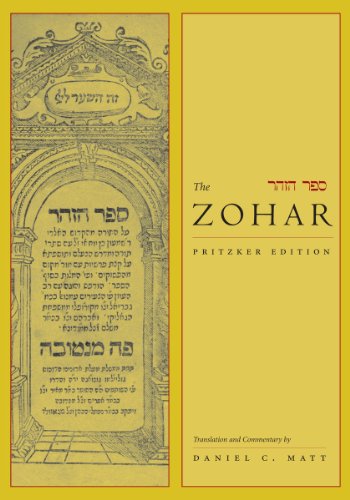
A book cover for The Zohar: Pritzker Edition, Volume Eight; Religion & Spirituality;